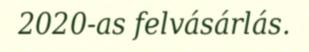
2020-as felvásárlás.